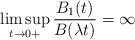
LaTeX: \begin{align*}\limsup_{t\to 0+} \frac{B_1(t)}{B(\lambda t)} = \infty\end{align*}